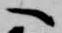
へ